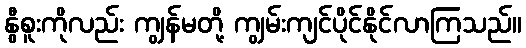
နွီစူးကိုလည်း ကျွန်မတို့ ကျွမ်းကျင်ပိုင်နိုင်လာကြသည်။